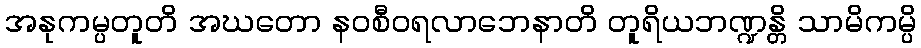
အနုကမ္ပတူတိ အဃတော နဝစီဝရလာဘေနာတိ တူရိယဘဏ္ဍန္တိ သာမိကမ္ပိ